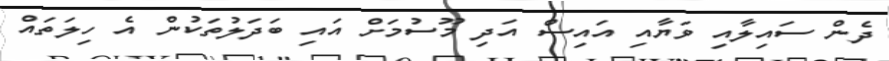
ދެން ސައިލާއި ވަޔާއި އައިސް އަދި މޫސުމަށް އައި ބަދަލުތަކުން އެ ހިލަތައް